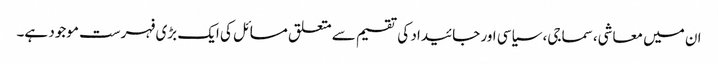
ان میں معاشی، سماجی، سیاسی اور جائیداد کی تقسیم سے متعلق مسائل کی ایک بڑی فہرست موجود ہے۔